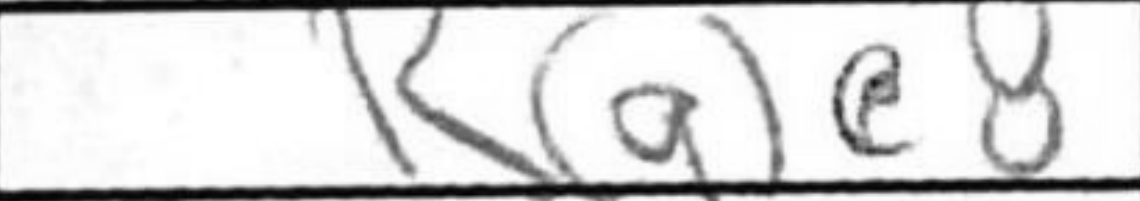
Transcription: Rgc8